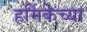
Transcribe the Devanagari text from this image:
हर्मिकेच्या